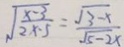
\sqrt { \frac { x - 3 } { 2 x - 5 } } = \frac { \sqrt { 3 - x } } { \sqrt { 5 - 2 x } }